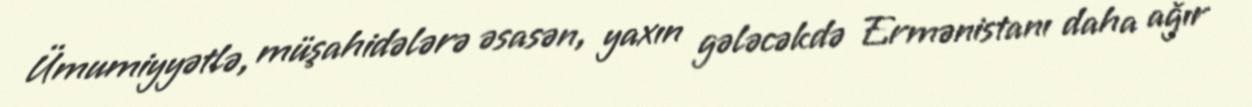
Ümumiyyətlə, müşahidələrə əsasən, yaxın gələcəkdə Ermənistanı daha ağır